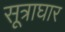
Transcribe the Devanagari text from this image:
सूत्राघार